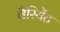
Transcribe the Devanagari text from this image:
वैरियेंट